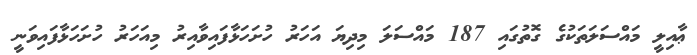
ޢާއިލީ މައްސަލަތަކުގެ ގޮތުގައި 187 މައްސަލަ މިދިޔަ އަހަރު ހުށަހަޅާފައިވާއިރު މިއަހަރު ހުށަހަޅާފައިވަނީ